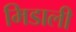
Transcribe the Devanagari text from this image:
मिडाली